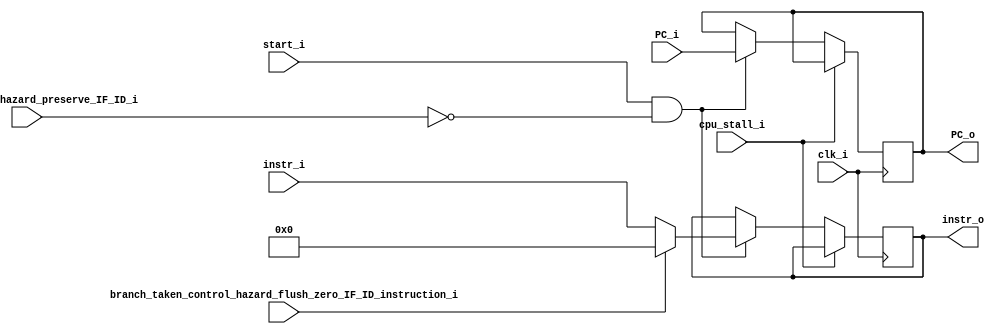
module IF_ID(

	cpu_stall_i,


	start_i,
	clk_i,
	
	branch_taken_control_hazard_flush_zero_IF_ID_instruction_i,
	load_use_data_hazard_preserve_IF_ID_i,
	// usual pipelin registers
	PC_i,
	PC_o,
	instr_i,
	instr_o
);
// P2 begin
input cpu_stall_i;
// P2 end

input start_i;
input clk_i;

// from And.Branch_Taken_o : 
// When branch taken (prediction wrong), zero the instruction field of IF_ID
input branch_taken_control_hazard_flush_zero_IF_ID_instruction_i; 
// from HazardDetection.Stall_o : 
// When load-use data hazard, preserve IF_ID & PC
input load_use_data_hazard_preserve_IF_ID_i; 

// usual pipelin registers
input [31:0] PC_i;
output reg [31:0] PC_o;
input [31:0] instr_i;
output reg [31:0] instr_o;

initial begin
	PC_o = 32'b0;
	instr_o = 32'b0;
end

always @(posedge clk_i) begin
	if(cpu_stall_i) begin
		// do nothing
	end
	else if(start_i && load_use_data_hazard_preserve_IF_ID_i == 1'b0) begin
		PC_o <= PC_i;
		if(branch_taken_control_hazard_flush_zero_IF_ID_instruction_i)
			instr_o <= 32'b0;
		else
			instr_o <= instr_i;
	end
end
endmodule